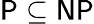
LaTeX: \mathsf{P\subseteq NP}